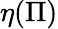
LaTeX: \eta(\Pi)